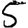
Digit: 5